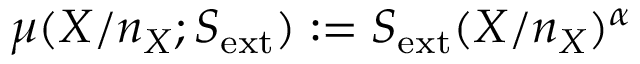
\mu ( X / n _ { X } ; S _ { \mathrm { e x t } } ) : = S _ { \mathrm { e x t } } ( X / n _ { X } ) ^ { \alpha }